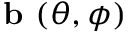
\textbf { b } ( \theta , \phi )